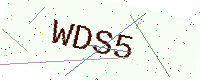
Text: WDS5